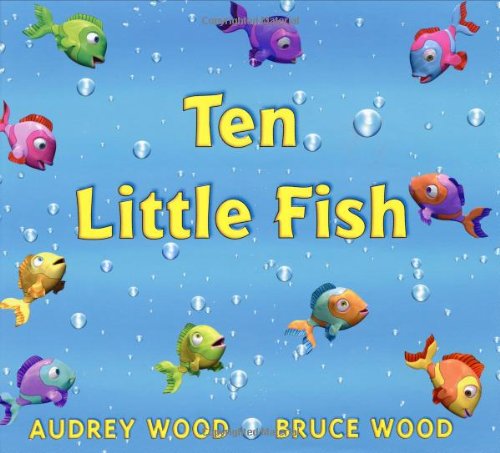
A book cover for Ten Little Fish; Audrey Wood; Children's Books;